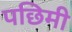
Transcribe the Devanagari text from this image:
पछिमी